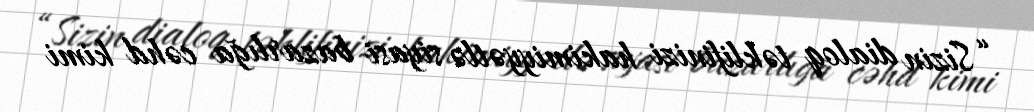
“Sizin dialoq təklifinizi hakimiyyətlə siyasi bazarlığa cəhd kimi